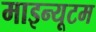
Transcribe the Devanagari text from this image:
माइन्यूटम